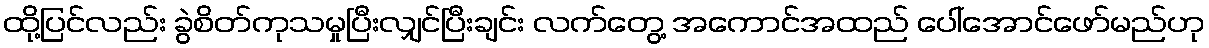
ထို့ပြင်လည်း ခွဲစိတ်ကုသမှုပြီးလျှင်ပြီးချင်း လက်တွေ့ အကောင်အထည် ပေါ်အောင်ဖော်မည်ဟု